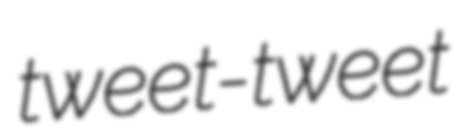
tweet-tweet